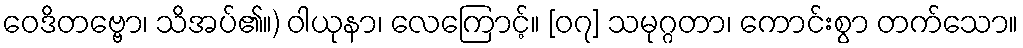
ဝေဒိတဗ္ဗော၊ သိအပ်၏။) ဝါယုနာ၊ လေကြောင့်။ [၀၇] သမုဂ္ဂတာ၊ ကောင်းစွာ တက်သော။